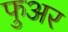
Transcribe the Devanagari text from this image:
फुअर